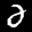
Label: 2